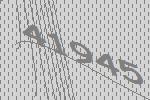
41945